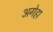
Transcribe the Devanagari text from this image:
अगेहा